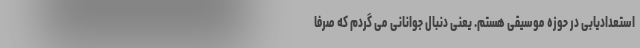
استعدادیابی در حوزه موسیقی هستم. یعنی دنبال جوانانی می گردم که صرفاً